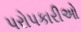
પરોપકારીઓ